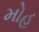
મોહ